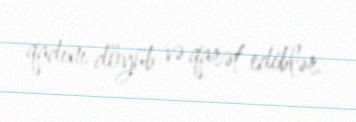
qadını döyüb və qarət ediblər.